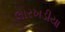
લારખડીયા